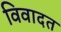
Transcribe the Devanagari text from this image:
विवादत